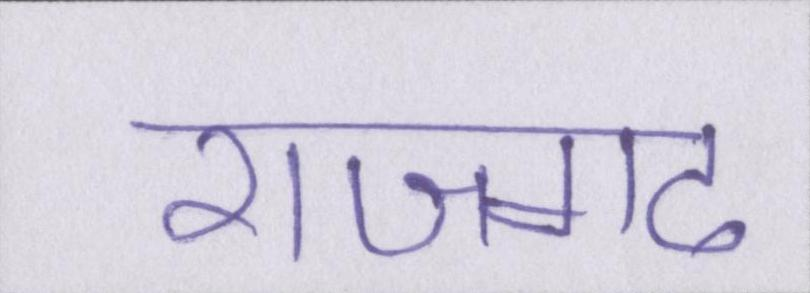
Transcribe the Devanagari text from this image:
राजगढ